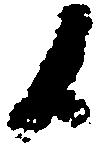
候